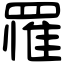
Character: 罹